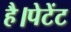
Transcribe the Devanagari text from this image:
है।पेटेंट